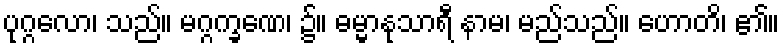
ပုဂ္ဂလော၊ သည်။ မဂ္ဂက္ခဏေ၊ ၌။ ဓမ္မာနုသာရီ နာမ၊ မည်သည်။ ဟောတိ၊ ၏။